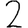
Digit: 2